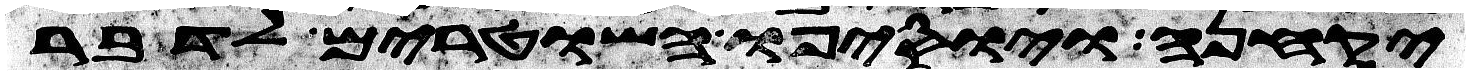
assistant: יקחנה ויוסיפו השטרים לדבר